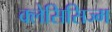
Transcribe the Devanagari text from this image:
क्लेसिसिज्म